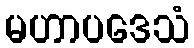
မဟာပဒေသံ